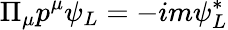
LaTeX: \Pi_{\mu}p^{\mu}\psi_{L}=-im\psi_{L}^{*}